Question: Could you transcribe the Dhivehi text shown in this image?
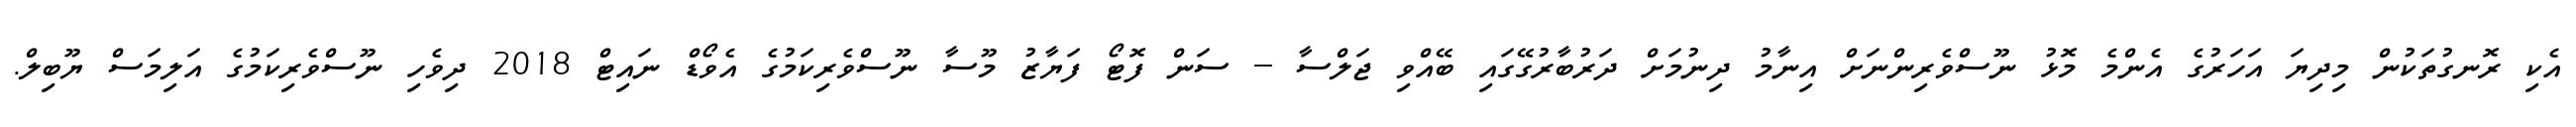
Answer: އެކި ރޮނގުތަކުން މިދިޔަ އަހަރުގެ އެންމެ މޮޅު ނޫސްވެރިންނަށް އިނާމު ދިނުމަށް ދަރުބާރުގޭގައި ބޭއްވި ޖަލްސާ -- ސަން ފޮޓޯ ފަޔާޒު މޫސާ ނޫސްވެރިކަމުގެ އެވޯޑް ނައިޓް 2018 ދިވެހި ނޫސްވެރިކަމުގެ އަލިމަސް ޔޫބިލް.